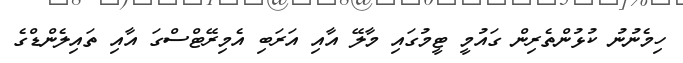
ހިމެނުނު ކުޅުންތެރިން ގައުމީ ޓީމުގައި މާލޭ އާއި އަރަބި އެމިރޭޓްސްގަ އާއި ތައިލެންޑްގެ